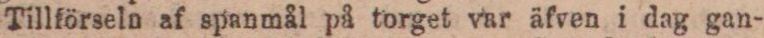
Tillförseln af spanmål på torget var äfven i dag gan-